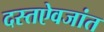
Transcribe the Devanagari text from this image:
दस्तऐवजांत